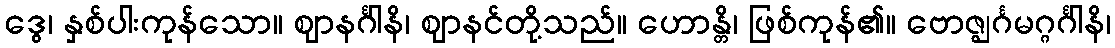
ဒွေ၊ နှစ်ပါးကုန်သော။ ဈာနင်္ဂါနိ၊ ဈာနင်တို့သည်။ ဟောန္တိ၊ ဖြစ်ကုန်၏။ ဗောဇ္ဈင်္ဂမဂ္ဂင်္ဂါနိ၊